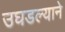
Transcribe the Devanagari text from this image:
उघडल्याने